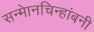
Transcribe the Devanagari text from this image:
सन्माेनचिन्हांबनी